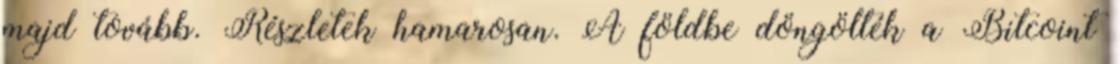
majd tovább. Részletek hamarosan. A földbe döngölték a Bitcoint